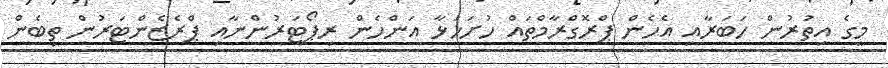
މީގެ އިތުރުން ހަބަރާއި އެހެން ޕްރޮގްރާމްތައް ހުށަހަޅާ އަންހެން ރިޕޯޓަރުންނާއި ޕްރެޒެންޓަރުން ތިބެން